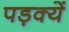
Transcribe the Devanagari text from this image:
पड़क्यें